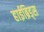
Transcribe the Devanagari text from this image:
हाईब्रिड्स